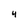
Character: 4